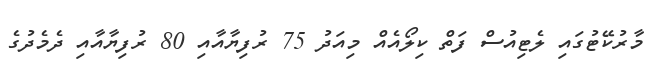
މާރުކޭޓުގައި ލެޓިއުސް ފަތް ކިލޯއެއް މިއަދު 75 ރުފިޔާއާއި 80 ރުފިޔާއާއި ދެމެދުގެ